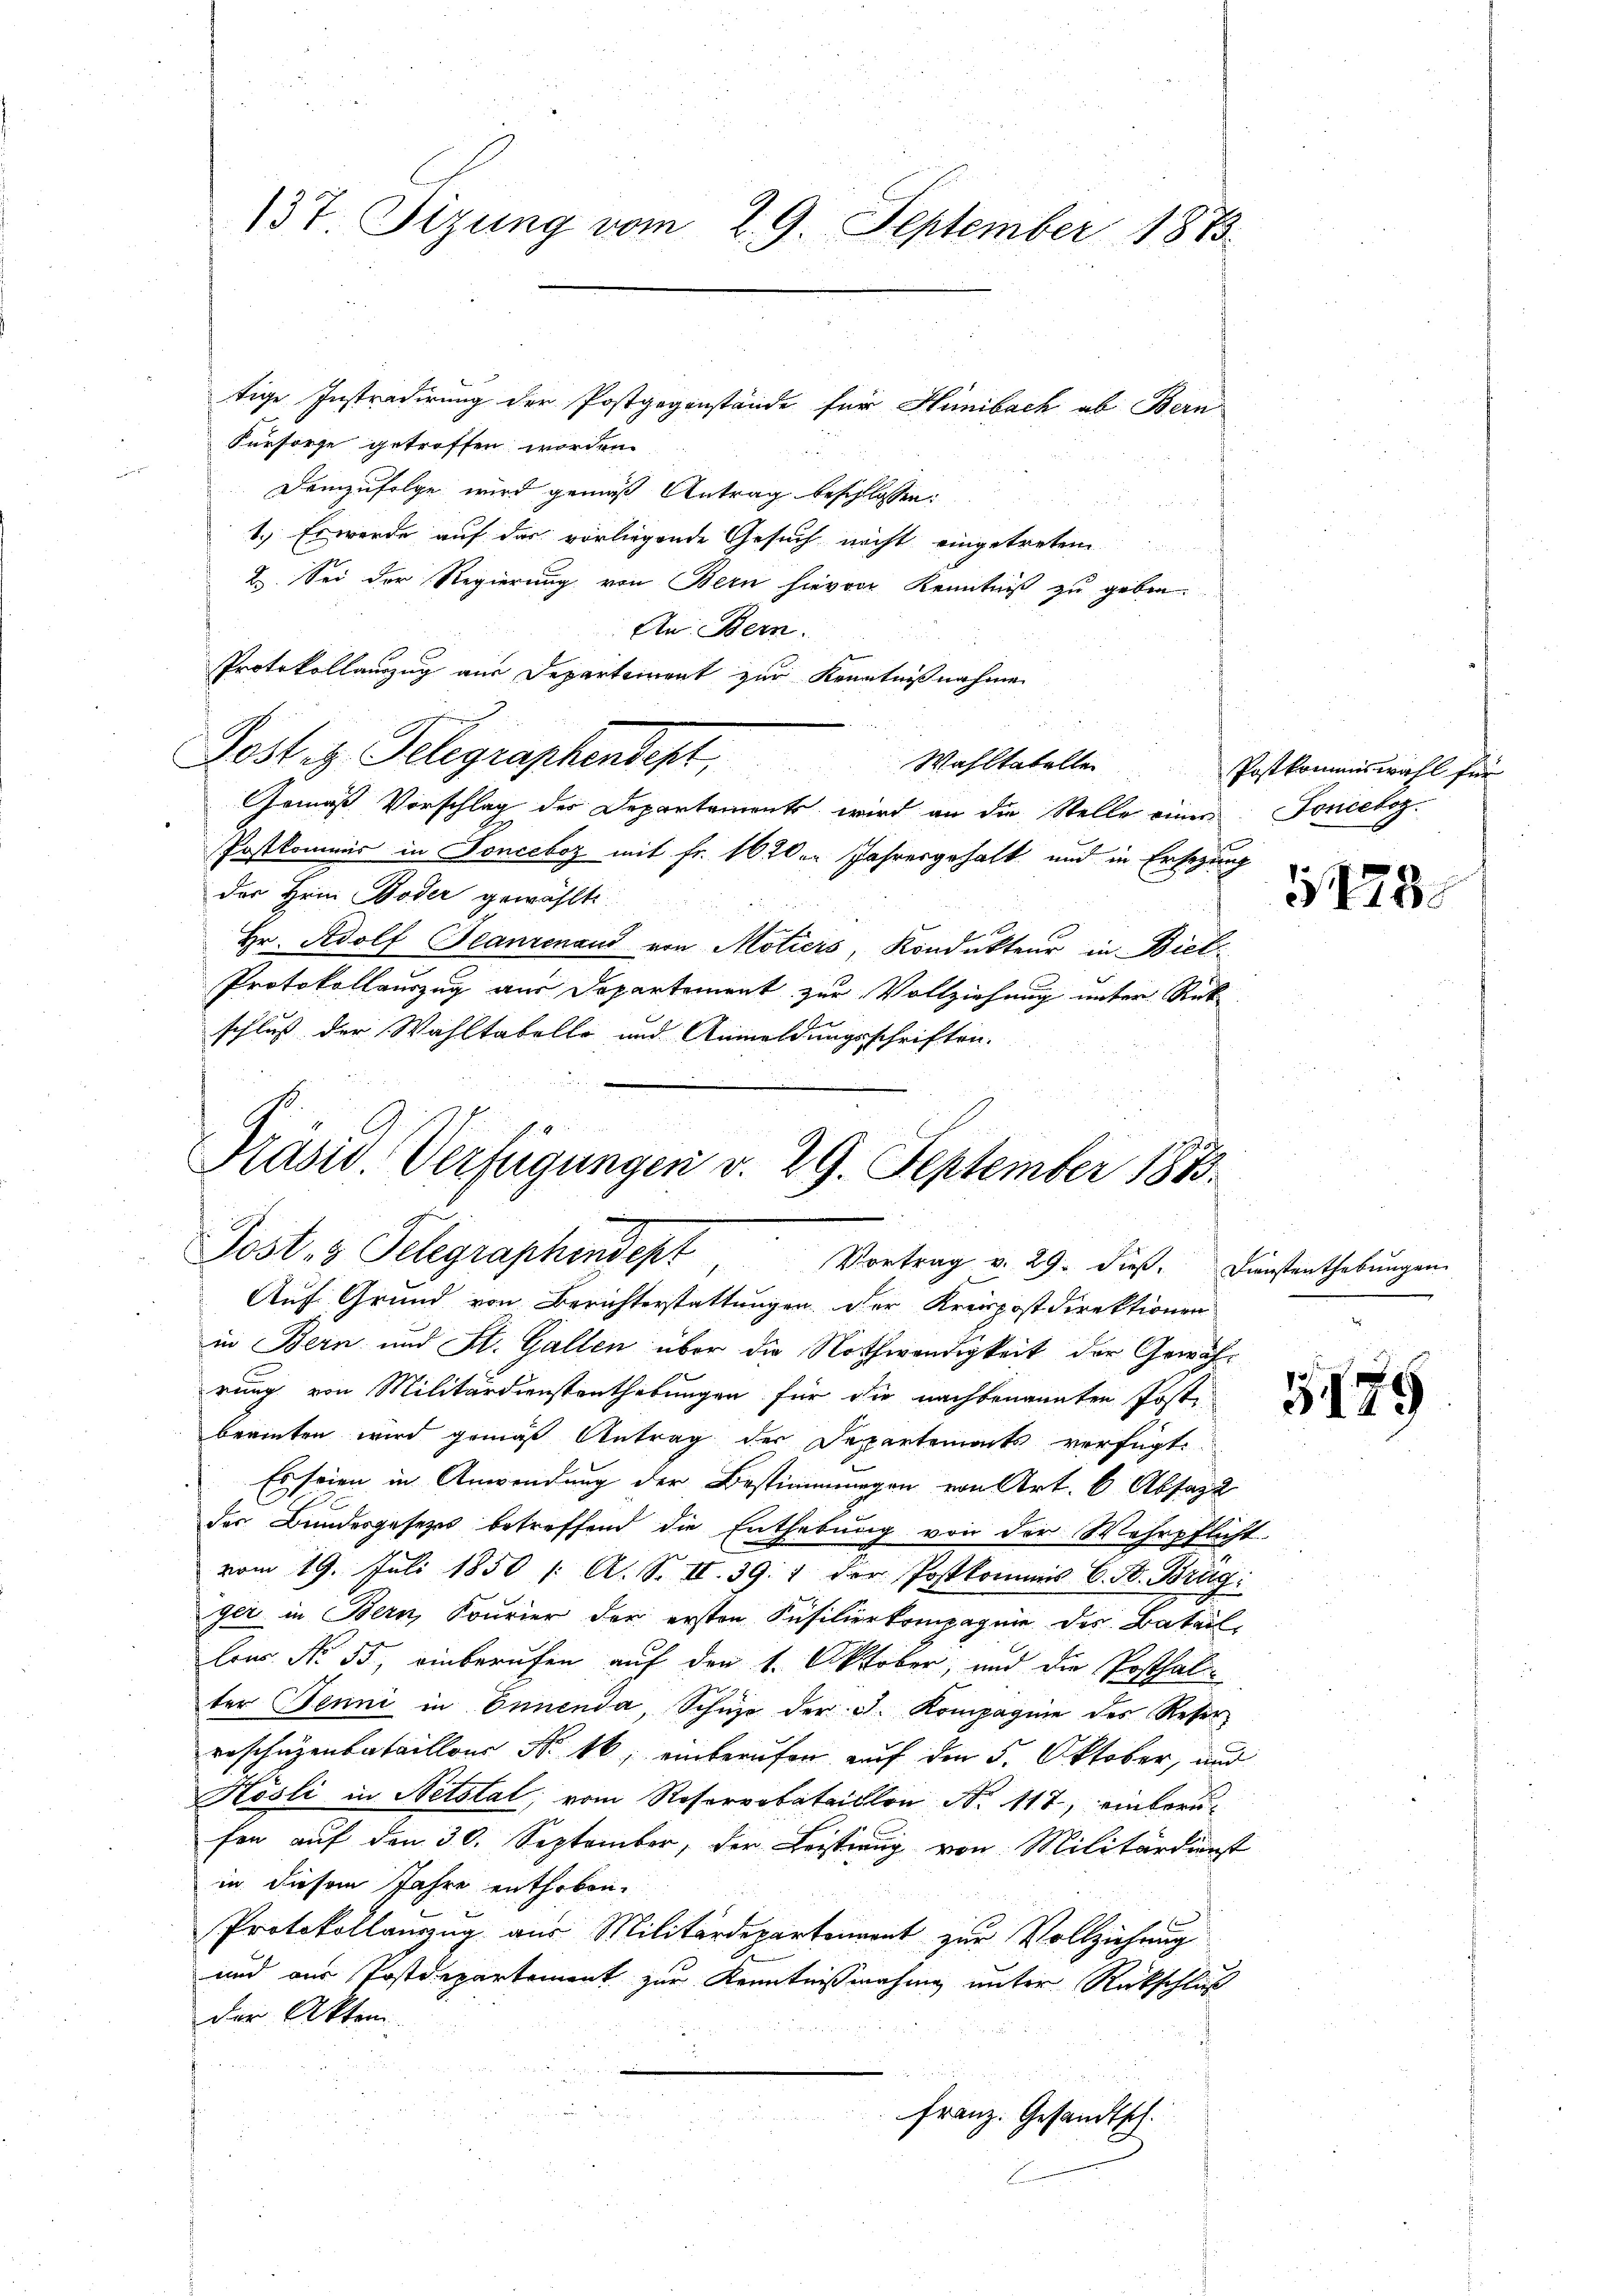
137. Sizung vom 29. September 1883.

Fürsorge getroffen worden.
Demzufolge wird gemäß Antrag beschlossen:
1.) Es werde auf das vorliegende Gesuch nicht eingetreten
2. Sei der Regierung von Bern hievon Kenntniß zu geben.
An: Bern.
Protokollauszug aus Departement zur Kenntnißnahme
Post z. Telegraphendest,
Gemäß Vorschlag der Departements, wird an die Stelle einer Foncekoz.
Postkommis in Sonceboz mit Fr. 1620er Jahresgehalt und in Ersezung
der Hrn. Boder gewählte.
Hr. Adolf Glanzenaud von Motiers, Kondukteur in Biel
Protokollauszug aus Departement zur Vollziehung unter Rek
schluß der Wahltabelle und Anmeldungsschriften.
Präsid. Verfügungen v. 29. September 1883.

tige Instradirung der Postgegenstände für Hünibach ab Bern

Post- & Telegraphendept, Vortrag v. 29. dieß. Dienstenthebŭngen.

Auf Grund von Berichterstattungen der Kreispostdirektionen
in Bern und St. Gallen über die Nothwendigkeit der Gewährung von Militärdienstenthebungen für die nachbenannten Post
beamten wird gemäß Antrag der Departements verfügt:
Es seien in Anwendung der Bestimmungen von Art. 6 Absage
der Bundesgesetzes betreffend die Enthebung von der Wehrpflicht
vom 19. Juli 1850 / A. S. II. 39. 1 der Postkommis C. St. Brug
ger in Bern, Sourier der ersten Füsilierkompagnie des Batail,
Car No. 55, einberufen auf den 1. Oktober, und die Posthalter Benni in Innenda, Schuhe der J. Kompagine des Reser
roschüzenbataillons No 16. einberufen auf den 5. Oktober, und
Kösli in Netstat, vom Reserbataillon N. 112, einberufen auf den 30. September, der Leistung von Militärdienst
in diesem Jahre enthoben.
x
Protokollauszug aus Militärdepartement zur Vollziehung
und aus Postdepartement zur Kenntnißmähig unter Rückschluß
der Akten.
Franz. Gesandtsch.

Wahltatelle Postkommiswahl für

5478.